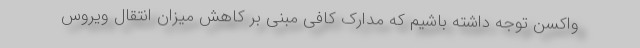
واکسن توجه داشته باشیم که مدارک کافی مبنی بر کاهش میزان انتقال ویروس